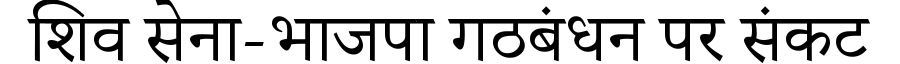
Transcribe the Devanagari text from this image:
शिव सेना-भाजपा गठबंधन पर संकट